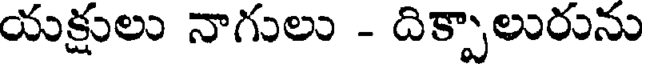
యక్షులు నాగులు - దిక్పాలురును